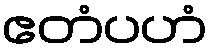
ဧတံပဟံ